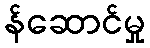
န်ဆောင်မှု